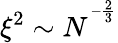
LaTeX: \xi^{2}\sim N^{^{-\frac{2}{3}}}